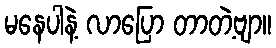
မနေပါနဲ့ လာပြော တာတဲ့ဗျာ။